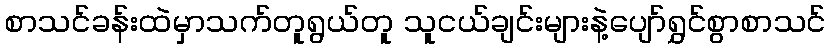
စာသင်ခန်းထဲမှာသက်တူရွယ်တူ သူငယ်ချင်းများနဲ့ပျော်ရွှင်စွာစာသင်